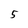
Character: 5